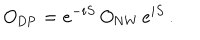
O _ { \mathrm { D P } } = e ^ { - i S } \, O _ { \mathrm { N W } } \, e ^ { i S } \, .